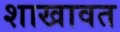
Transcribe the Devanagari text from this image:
शाखावत